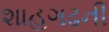
શાહગઢની